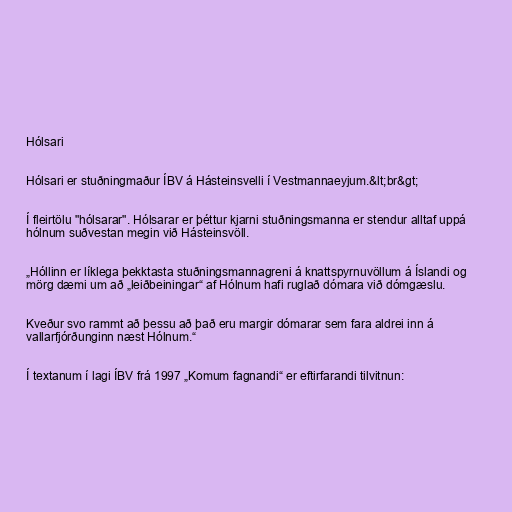
Hólsari

Hólsari er stuðningmaður ÍBV á Hásteinsvelli í Vestmannaeyjum.&lt;br&gt;

Í fleirtölu "hólsarar". Hólsarar er þéttur kjarni stuðningsmanna er stendur alltaf uppá
hólnum suðvestan megin við Hásteinsvöll.

„Hóllinn er líklega þekktasta stuðn­ingsmannagreni á knatt­spyrnuvöllum á Íslandi og
mörg dæmi um að „leiðbeiningar“ af Hólnum hafi ruglað dómara við dómgæslu.

Kveður svo rammt að þessu að það eru margir dómarar sem fara aldrei inn á
vallarfjórðunginn næst Hólnum.“

Í textanum í lagi ÍBV frá 1997 „Komum fagnandi“ er eftirfarandi tilvitnun: